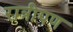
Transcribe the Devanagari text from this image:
रात्रीपण